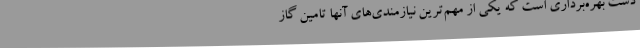
دست بهره‌برداری است که یکی از مهم‌ترین نیازمندی‌های آنها تامین گاز